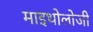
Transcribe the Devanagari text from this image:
माइथोलोजी